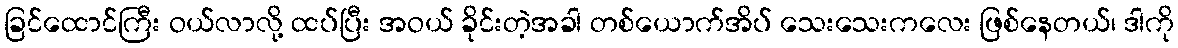
ခြင်ထောင်ကြီး ဝယ်လာလို့ ထပ်ပြီး အဝယ် ခိုင်းတဲ့အခါ တစ်ယောက်အိပ် သေးသေးကလေး ဖြစ်နေတယ်၊ ဒါကို